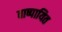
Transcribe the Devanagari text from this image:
वाष्पायित